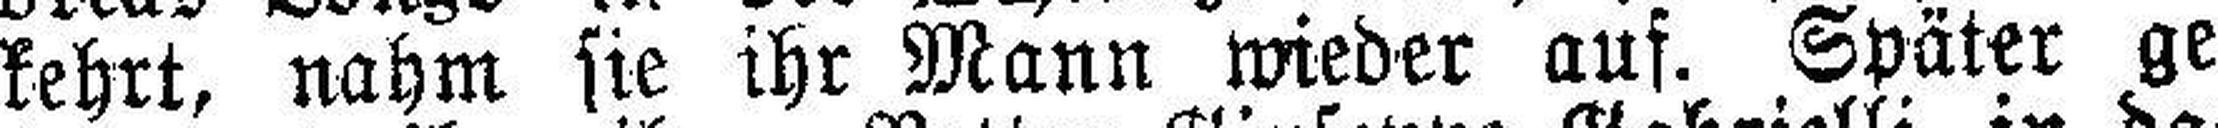
kehrt, nahm sie ihr Mann wieder auf. Später ge¬